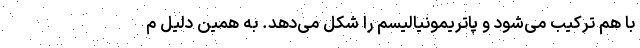
با هم ترکیب می‌شود و پاتریمونیالیسم را شکل می‌دهد. به همین دلیل م